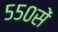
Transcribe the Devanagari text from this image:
५५०सें